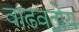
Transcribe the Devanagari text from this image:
वाढवतोय